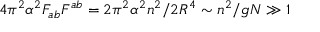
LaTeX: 4 \pi ^ { 2 } \alpha ^ { 2 } F _ { a b } F ^ { a b } = 2 \pi ^ { 2 } \alpha ^ { 2 } n ^ { 2 } / 2 R ^ { 4 } \sim n ^ { 2 } / g N \gg 1